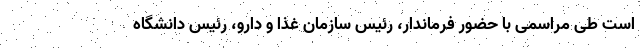
است طی مراسمی با حضور فرماندار، رئیس سازمان غذا و دارو، رئیس دانشگاه